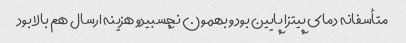
متأسفانه دمای پیتزا پایین بود وبهمون نچسبیدو هزینه ارسال هم بالا بود